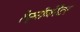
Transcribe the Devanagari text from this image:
रेफ्रीजेरेटर